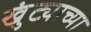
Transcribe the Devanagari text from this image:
खुंट्याच्या